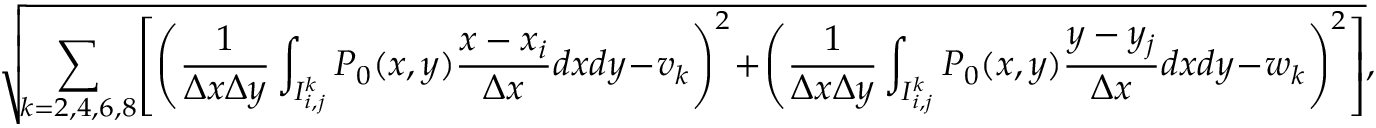
\sqrt { \! \sum _ { k = 2 , 4 , 6 , 8 } \! \left[ \left( \frac { 1 } { \Delta x \Delta y } \int _ { I _ { i , j } ^ { k } } P _ { 0 } ( x , y ) \frac { x - x _ { i } } { \Delta x } d x d y \! - \! v _ { k } \right) ^ { 2 } \! + \! \left( \frac { 1 } { \Delta x \Delta y } \int _ { I _ { i , j } ^ { k } } P _ { 0 } ( x , y ) \frac { y - y _ { j } } { \Delta x } d x d y \! - \! w _ { k } \right) ^ { 2 } \right] } ,